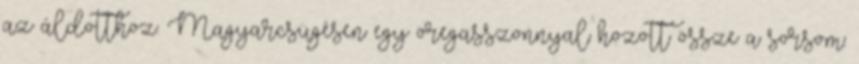
az áldotthoz. Magyarcsügésen egy öregasszonnyal hozott össze a sorsom: